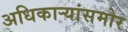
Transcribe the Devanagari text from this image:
अधिकार्‍यांसमोर